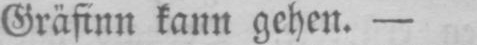
Gräfinn kann gehen. -